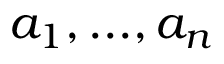
a _ { 1 } , . . . , a _ { n }